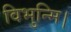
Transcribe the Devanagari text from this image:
विभुन्मि।